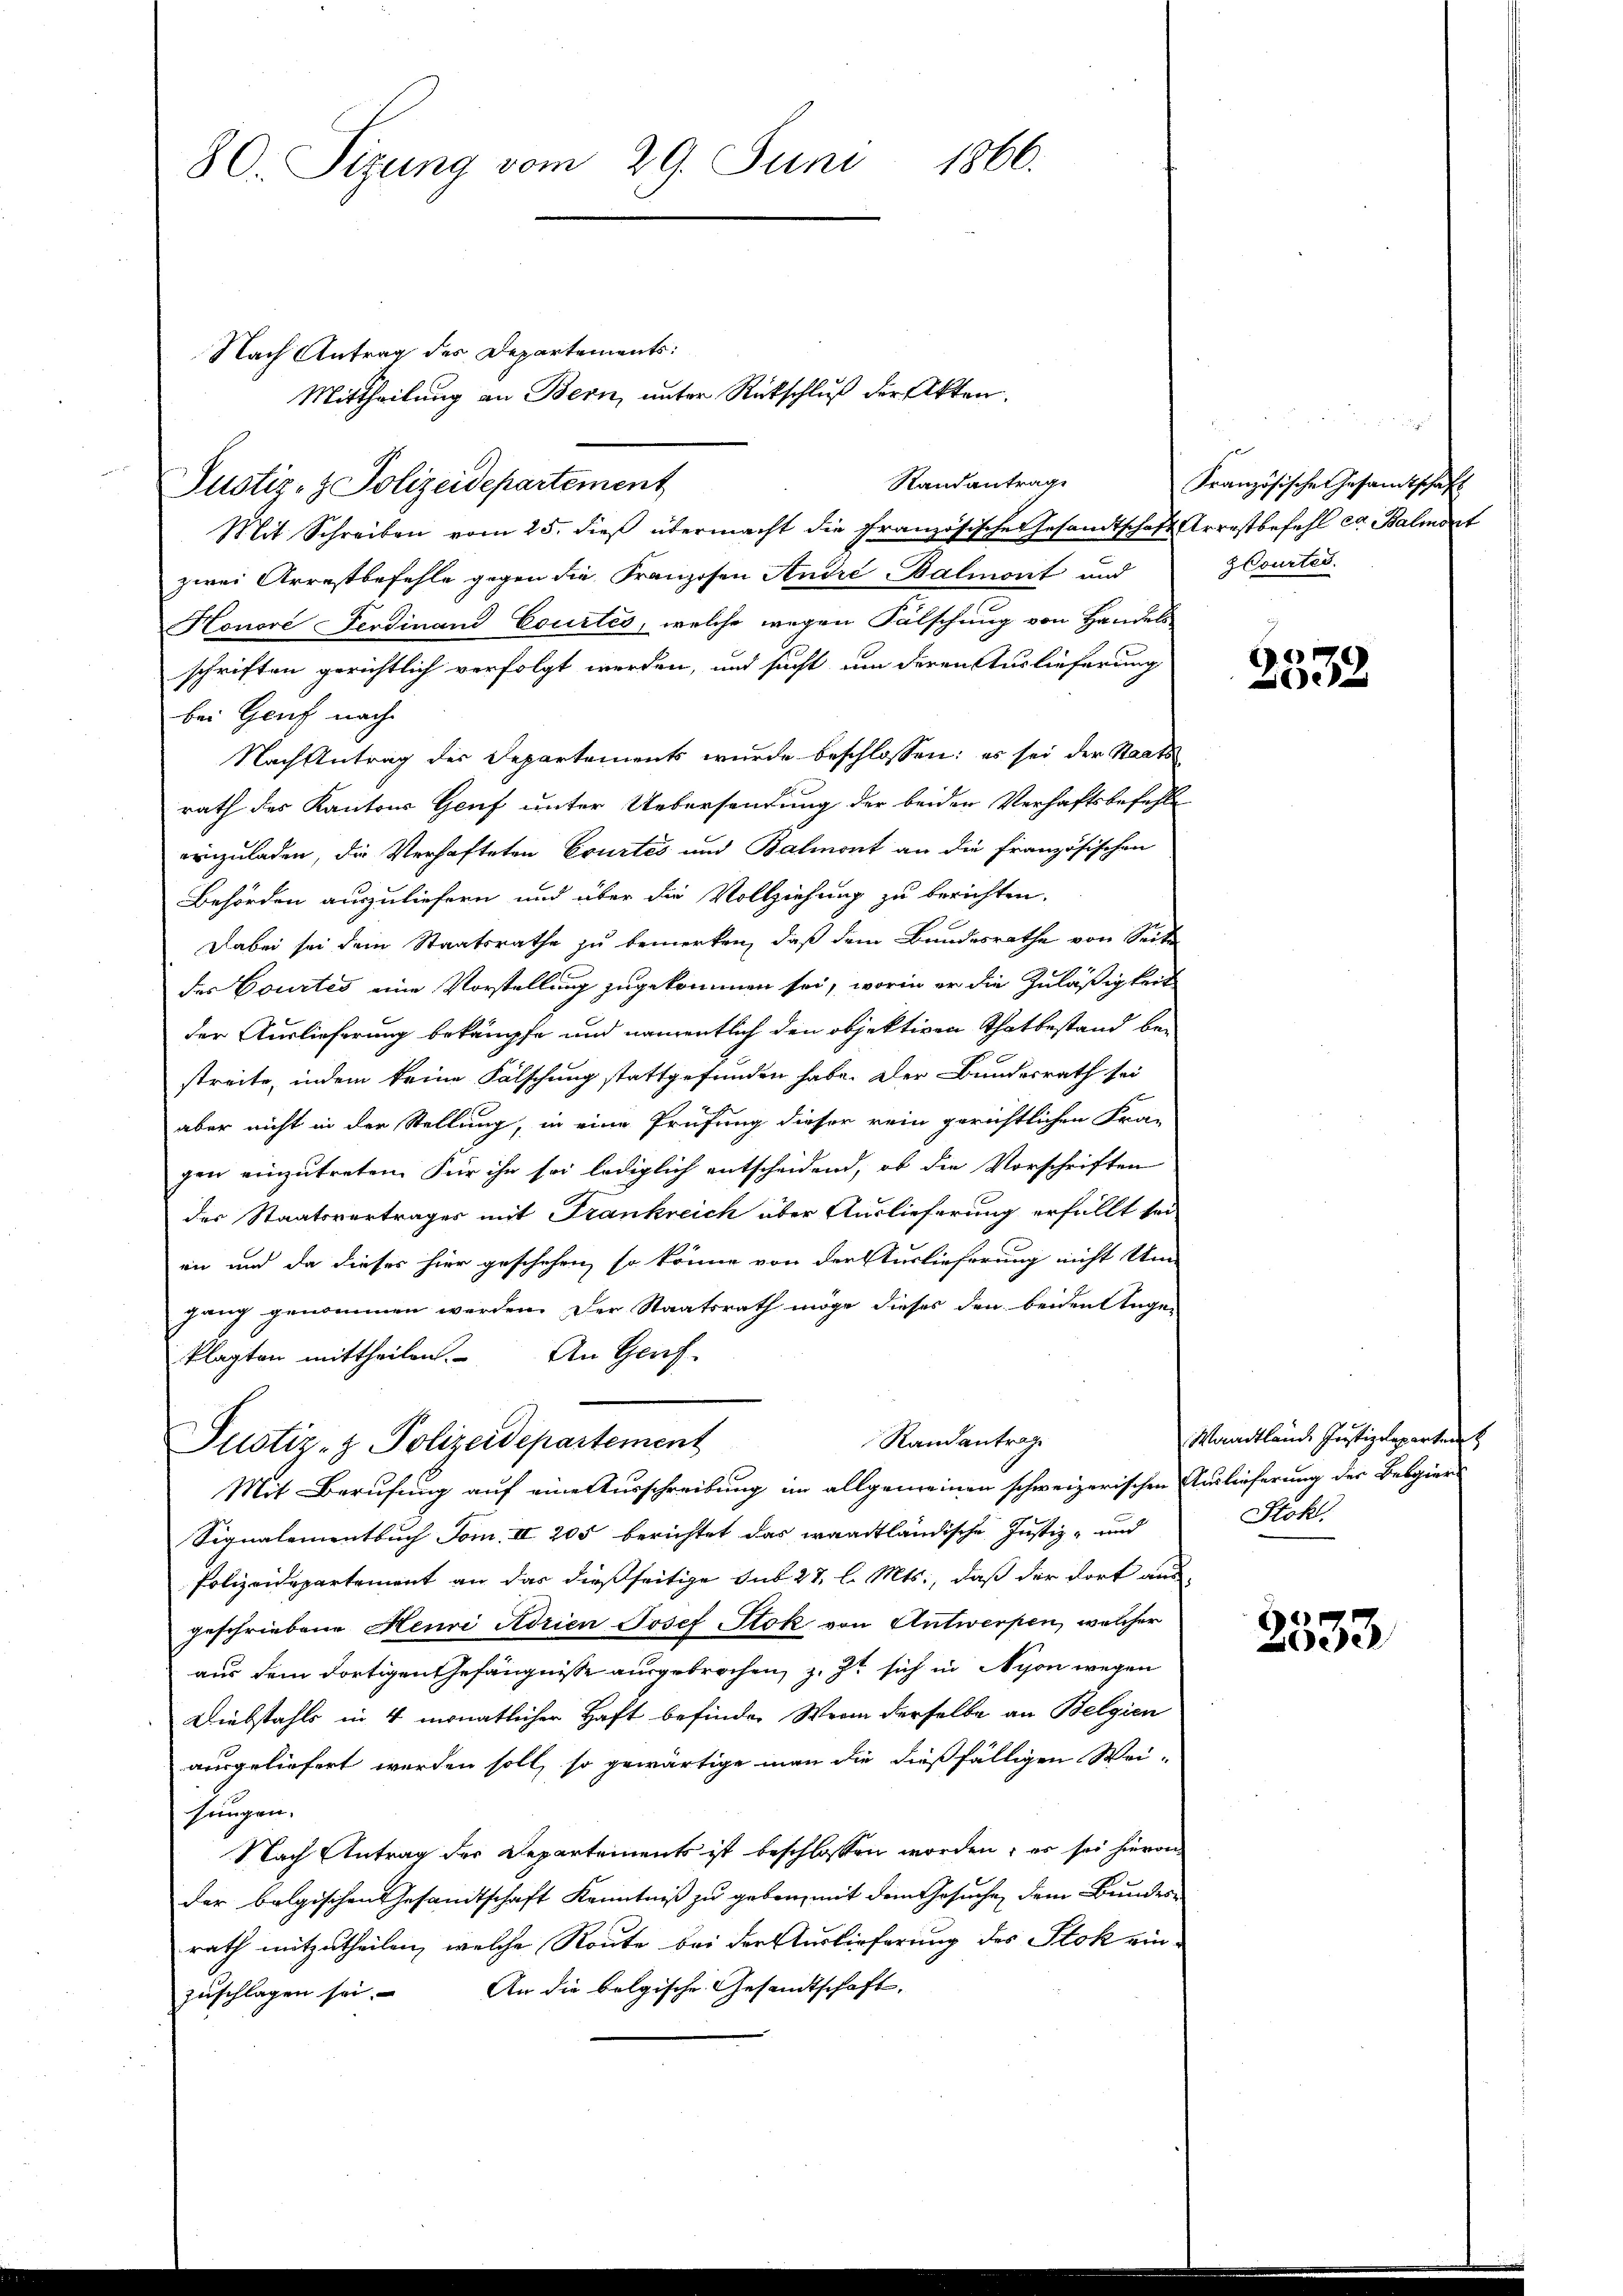
80. Sizung vom 29. Juni 1866.

Nach Antrag des Departements:
Mittheilung an Bern, unter Rutschluß der Akten.
Mit Schreiben vom 25. dieβ übermacht die französische Gesandtschaft Arrestbefehl ca. Balment
zwei Arrestbefehle gegen die Franzosen André Balmont und
Honove Ferdinand Courtes, welche wegen Fälschung von Handels
schriften gerichtlich verfolgt werden, und sucht um deren Auslieferung
bei Genf nach
Nach Antrag des Departements wurde beschlossen: es sei der Staats
rath des Kantons Genf unter Uebersendung der beiden Verhaftsbefehle
einzuladen, die Verhafteten Courtés und Balmont an die Französischen
Behörden auszuliefern und über die Vollziehung zu berichten.
Dabei sei dem Staatsrathe zu bemerken, daß dem Bundesrathe von Seite
des Courtes eine Vorstellung zugekommen sei, worin er die Zuläßigkeit
der Auslieferung bekämpfe und namentlich den objektiven Thatbestand be-
streite, indem keine Fälschung stattgefunden habe. Der Bundesrath sei
aber nicht in der Stellung, in eine Prüfung dieser rein gerichtlichen Fra-
gen einzutreten. Für ihn sei lediglich entscheidend, ob die Vorschriften
des Staatsvertrages mit Frankreich über Auslieferung erfällt sei
en und da dieses hier geschehen, so könne von der Auslieferung nicht Un
fang genommen werden. Der Staatsrath möge dieses den beiden Ange-
klagten mittheilen. An Genf
Randantrag
Justiz- & Polizeidepartement
Mit Berufung auf eine Ausschreibung im allgemeinen schweizerischen Auslieferung der Belgiers
Signalementbuch Tom. II 205 berichtet das waadtländische Justiz- und
Polizeidepartement an das dießseitige sub 27, l. Mts., daß der dort aus-
geschriebene Heuri Adrien Josef Stok von Antwerpen, welcher
aus dem dortigen Gefängnisse ausgebrochen, z. Zt sich in Nyon wegen
Diebstahls in 4 monatlicher Haft befinden Wenn derselbe an Belgien
ausgeliefert werden soll, so gewärtige man die dießfälligen Wei-
sungen.
Nach Antrag der Departements ist beschlossen worden; es sei hievon
der belgischen Gesandtschaft Kenntniß zu geben, mit dem Gesuche dem Bundesrath mitzutheilen, welche Route bei der Auslieferung des Stok ein-
zuschlagen sei. An die belgische Gesandtschaft

Justiz- & Polizeidepartement

Randantrage

Französische Gesamtschaft
Courtei.

2532

Waadtlände Justizdeparten
Stok

2333